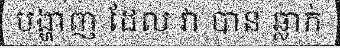
បង្ហាញ ដែល វា បាន ឆ្លាក់